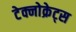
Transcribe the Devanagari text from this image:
टेक्नोक्रेट्स